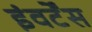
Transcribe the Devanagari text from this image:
इंवर्टेंस